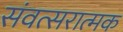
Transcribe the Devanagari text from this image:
संवत्सरात्मक